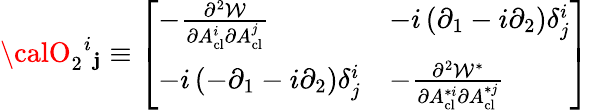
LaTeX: {\calO}_{2}{}^{i}{}_{\mathbf{j}}\equiv\left[\begin{array}{ll}{{-{\frac{\partial^{2}{\cal W}}{\partial A_{\mathrm{cl}}^{i}\partial A_{\mathrm{cl}}^{j}}}}}&{{-i\left(\partial_{1}-i\partial_{2}\right)\delta_{j}^{i}}}\\ {{-i\left(-\partial_{1}-i\partial_{2}\right)\delta_{j}^{i}}}&{{-{\frac{\partial^{2}{\cal W}^{*}}{\partial A_{\mathrm{cl}}^{*i}\partial A_{\mathrm{cl}}^{*j}}}}}\end{array}\right]